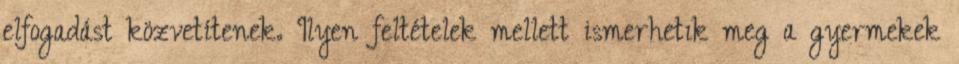
elfogadást közvetítenek. Ilyen feltételek mellett ismerhetık meg a gyermekek